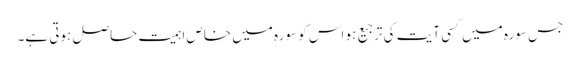
جس سورہ میں کسی آیت کی ترجیع ہو اس کو سورہ میں خاص اہمیت حاصل ہوتی ہے۔